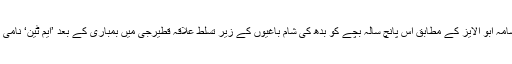
حلب کے ایک ڈاکٹر اسامہ ابو الایز کے مطابق اس پانچ سالہ بچے کو بدھ کی شام باغیوں کے زیر تسلط علاقہ قطیرجی میں بمباری کے بعد ’ایم ٹین‘ نامی ہسپتال میں لایا گیا تھا۔